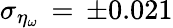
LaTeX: \sigma_{\eta_{\omega}}\, =\, \pm 0.021